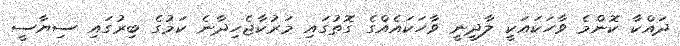
ދައްކާ ކޮންމެ ވާހަކައަކީ ލާދީނީ ވާހަކައެއްގެ ގޮތުގައި މަރުކާޖެހިދާނެ ކަމުގެ ބިރުގައި ސިޔާސީ